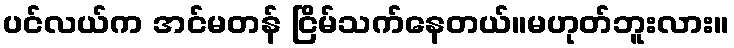
ပင်လယ်က အင်မတန် ငြိမ်သက်နေတယ်။မဟုတ်ဘူးလား။